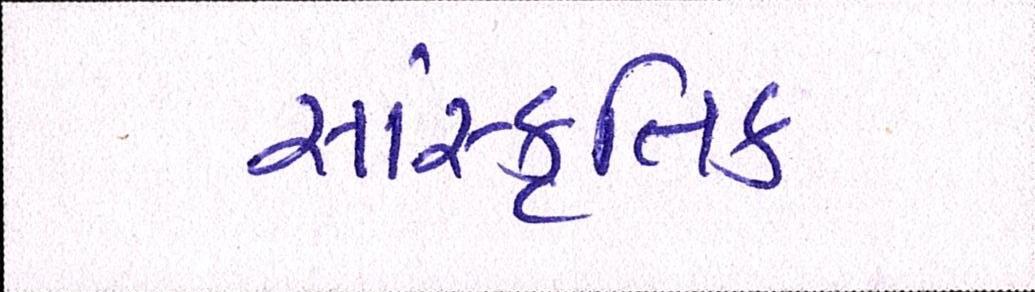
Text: સાંસ્કૃતિક